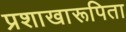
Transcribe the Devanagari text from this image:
प्रशाखारूपिता